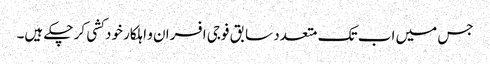
جس میں اب تک متعدد سابق فوجی افسران و اہلکار خود کشی کر چکے ہیں۔